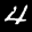
Label: 4